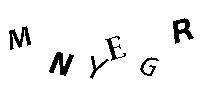
MNYEGR